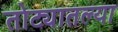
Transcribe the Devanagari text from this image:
तोट्यातल्या